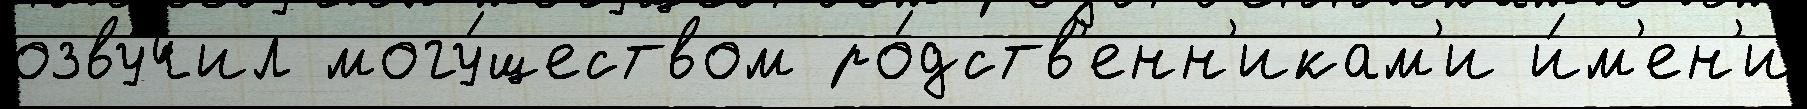
озву́чил могу́ществом ро́дств'енн'икам'и и́м'ен'и